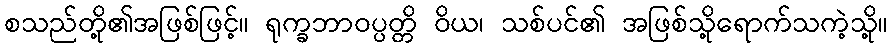
စသည်တို့၏အဖြစ်ဖြင့်။ ရုက္ခဘာဝပ္ပတ္တိ ဝိယ၊ သစ်ပင်၏ အဖြစ်သို့ရောက်သကဲ့သို့။